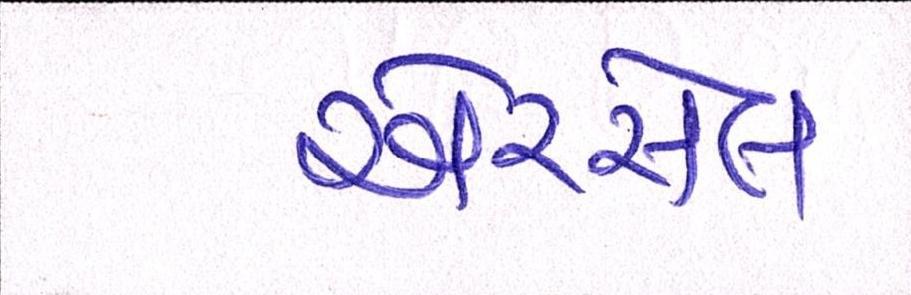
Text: એરસેલ